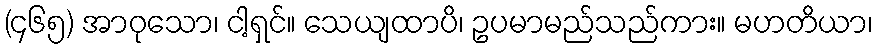
(၄၆၅) အာဝုသော၊ ငါ့ရှင်။ သေယျထာပိ၊ ဥပမာမည်သည်ကား။ မဟတိယာ၊